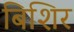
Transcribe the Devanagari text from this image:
बिशिर